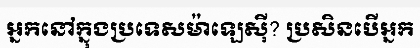
អ្នកនៅក្នុងប្រទេសម៉ាឡេស៊ី? ប្រសិនបើអ្នក